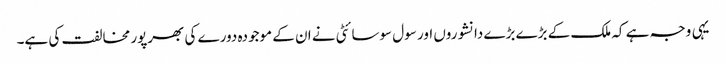
یہی وجہ ہے کہ ملک کے بڑے بڑے دانشوروں اور سول سوسائٹی نے ان کے موجودہ دورے کی بھرپور مخالفت کی ہے۔